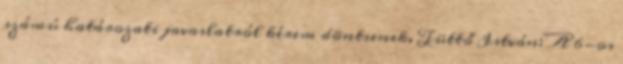
számú határozati javaslatról kérem döntsenek. Tüttő István: A 6-os